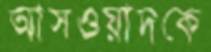
আসওয়াদকে